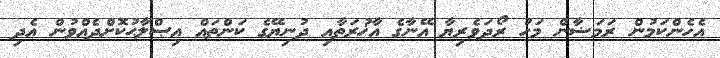
އެހެންކަމުން ރަމަޟާން މަހު ރޯދަވެރިޔާ އޭނާގެ އާޚުރަތާއި ދުނިޔޭގެ ކަންތައް އިޞްލާޙުކޮށްދެއްވުން އެދި